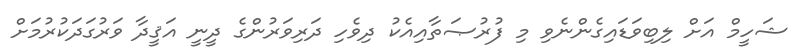
ޝަހީމް އަށް ލިބިވަޑައިގެންނެވި މި ފުރުޞަތާއިއެކު ދިވެހި ދަރިވަރުންގެ ދީނީ އަޤީދާ ވަރުގަދަކުރުމަށް